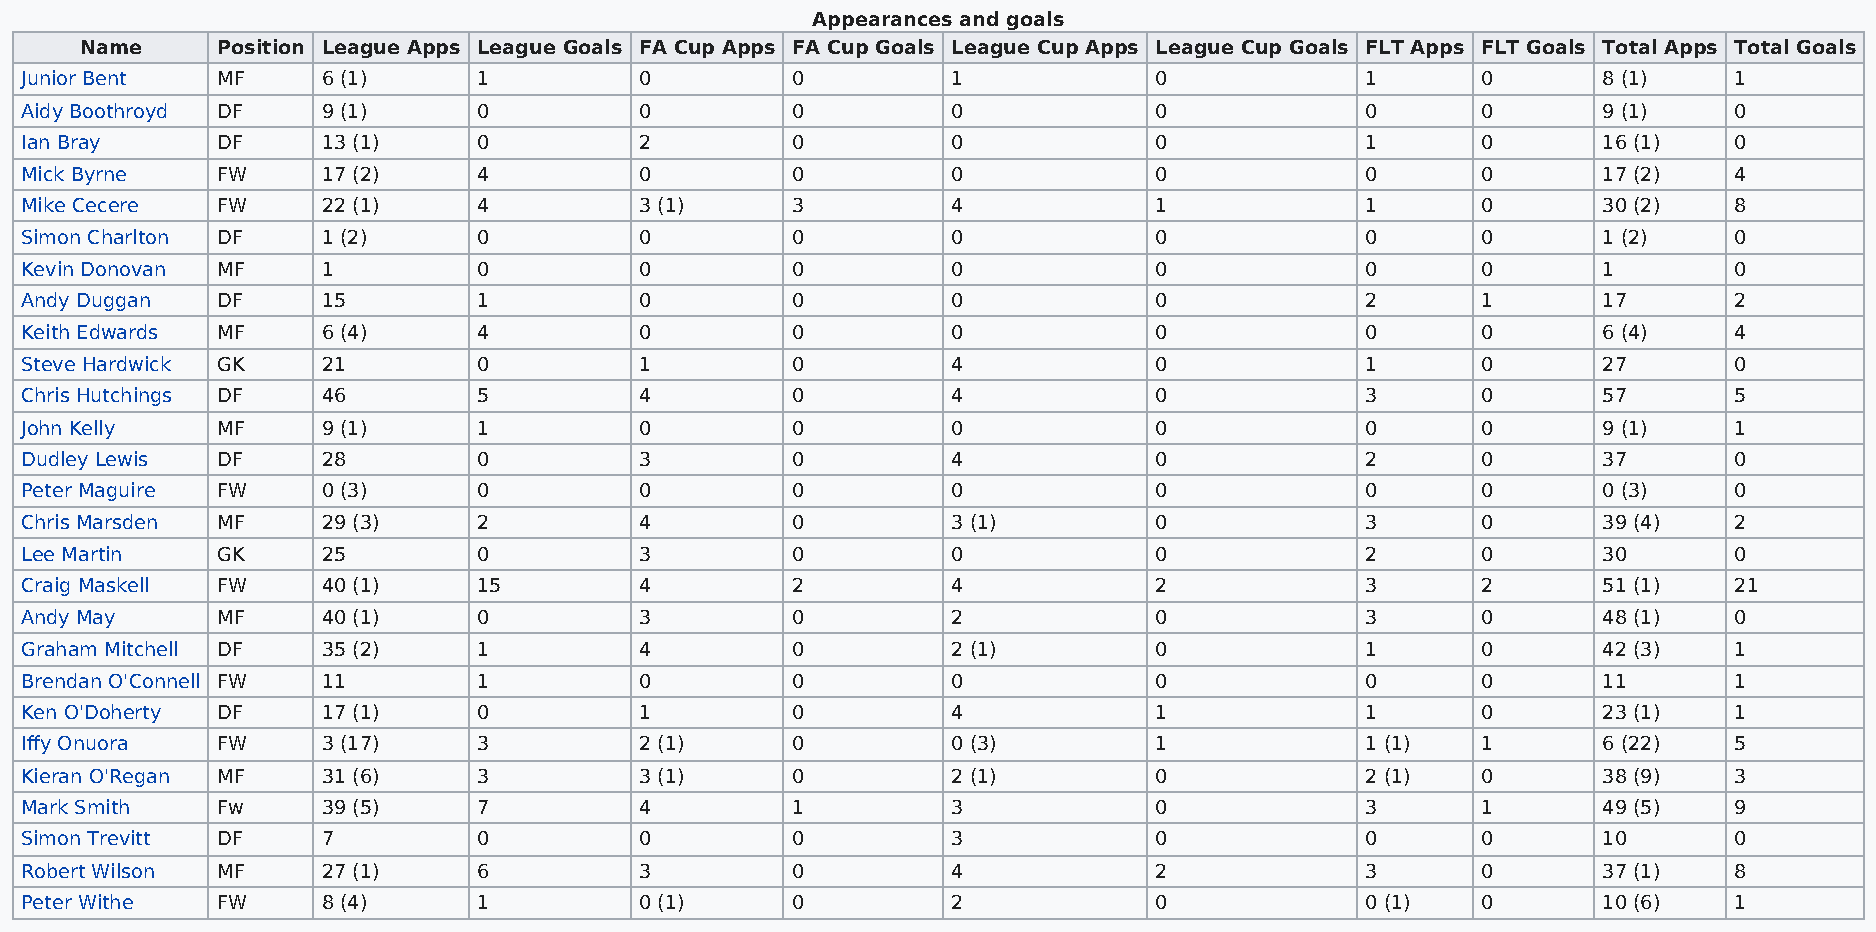
Appearances and goals
 Name     Position League Apps League Goals FA Cup Apps FA Cup Goals League Cup Apps League Cup Goals FLT Apps FLT Goals Total Apps Total Goals
 Junior Bent  MF     6 (1)      1         0         0          1            0             1       0       8 (1)    1
 Aidy Boothroyd DF   9 (1)      0         0         0          0            0             0       0       9 (1)    0
 Ian Bray     DF     13 (1)     0         2         0          0            0             1       0       16 (1)   0
 Mick Byrne   FW     17 (2)     4         0         0          0            0             0       0       17 (2)   4
 Mike Cecere  FW     22 (1)     4         3 (1)     3          4            1             1       0       30 (2)   8
 Simon Charlton DF   1 (2)      0         0         0          0            0             0       0       1 (2)    0
 Kevin Donovan MF    1          0         0         0          0            0             0       0       1        0
 Andy Duggan  DF     15         1         0         0          0            0             2       1       17       2
 Keith Edwards MF    6 (4)      4         0         0          0            0             0       0       6 (4)    4
 Steve Hardwick GK   21         0         1         0          4            0             1       0       27       0
 Chris Hutchings DF  46         5         4         0          4            0             3       0       57       5
 John Kelly   MF     9 (1)      1         0         0          0            0             0       0       9 (1)    1
 Dudley Lewis DF     28         0         3         0          4            0             2       0       37       0
 Peter Maguire FW    0 (3)      0         0         0          0            0             0       0       0 (3)    0
 Chris Marsden MF    29 (3)     2         4         0          3 (1)        0             3       0       39 (4)   2
 Lee Martin   GK     25         0         3         0          0            0             2       0       30       0
 Craig Maskell FW    40 (1)     15        4         2          4            2             3       2       51 (1)   21
 Andy May     MF     40 (1)     0         3         0          2            0             3       0       48 (1)   0
 Graham Mitchell DF  35 (2)     1         4         0          2 (1)        0             1       0       42 (3)   1
 Brendan O'Connell FW 11        1         0         0          0            0             0       0       11       1
 Ken O'Doherty DF    17 (1)     0         1         0          4            1             1       0       23 (1)   1
 Iffy Onuora  FW     3 (17)     3         2 (1)     0          0 (3)        1             1 (1)   1       6 (22)   5
 Kieran O'Regan MF   31 (6)     3         3 (1)     0          2 (1)        0             2 (1)   0       38 (9)   3
 Mark Smith   Fw     39 (5)     7         4         1          3            0             3       1       49 (5)   9
 Simon Trevitt DF    7          0         0         0          3            0             0       0       10       0
 Robert Wilson MF    27 (1)     6         3         0          4            2             3       0       37 (1)   8
 Peter Withe  FW     8 (4)      1         0 (1)     0          2            0             0 (1)   0       10 (6)   1